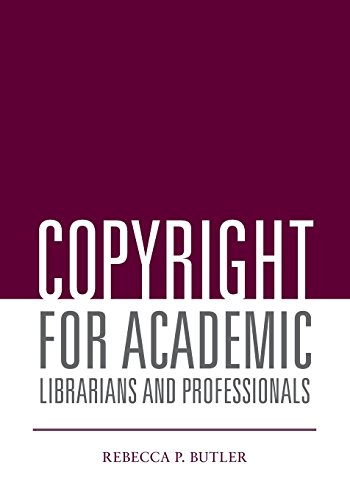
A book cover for Copyright for Academic Librarians and Professionals; Rebecca P. Butler; Law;